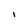
Character: I